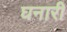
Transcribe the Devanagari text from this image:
घनारी